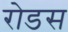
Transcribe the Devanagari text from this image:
रोडस